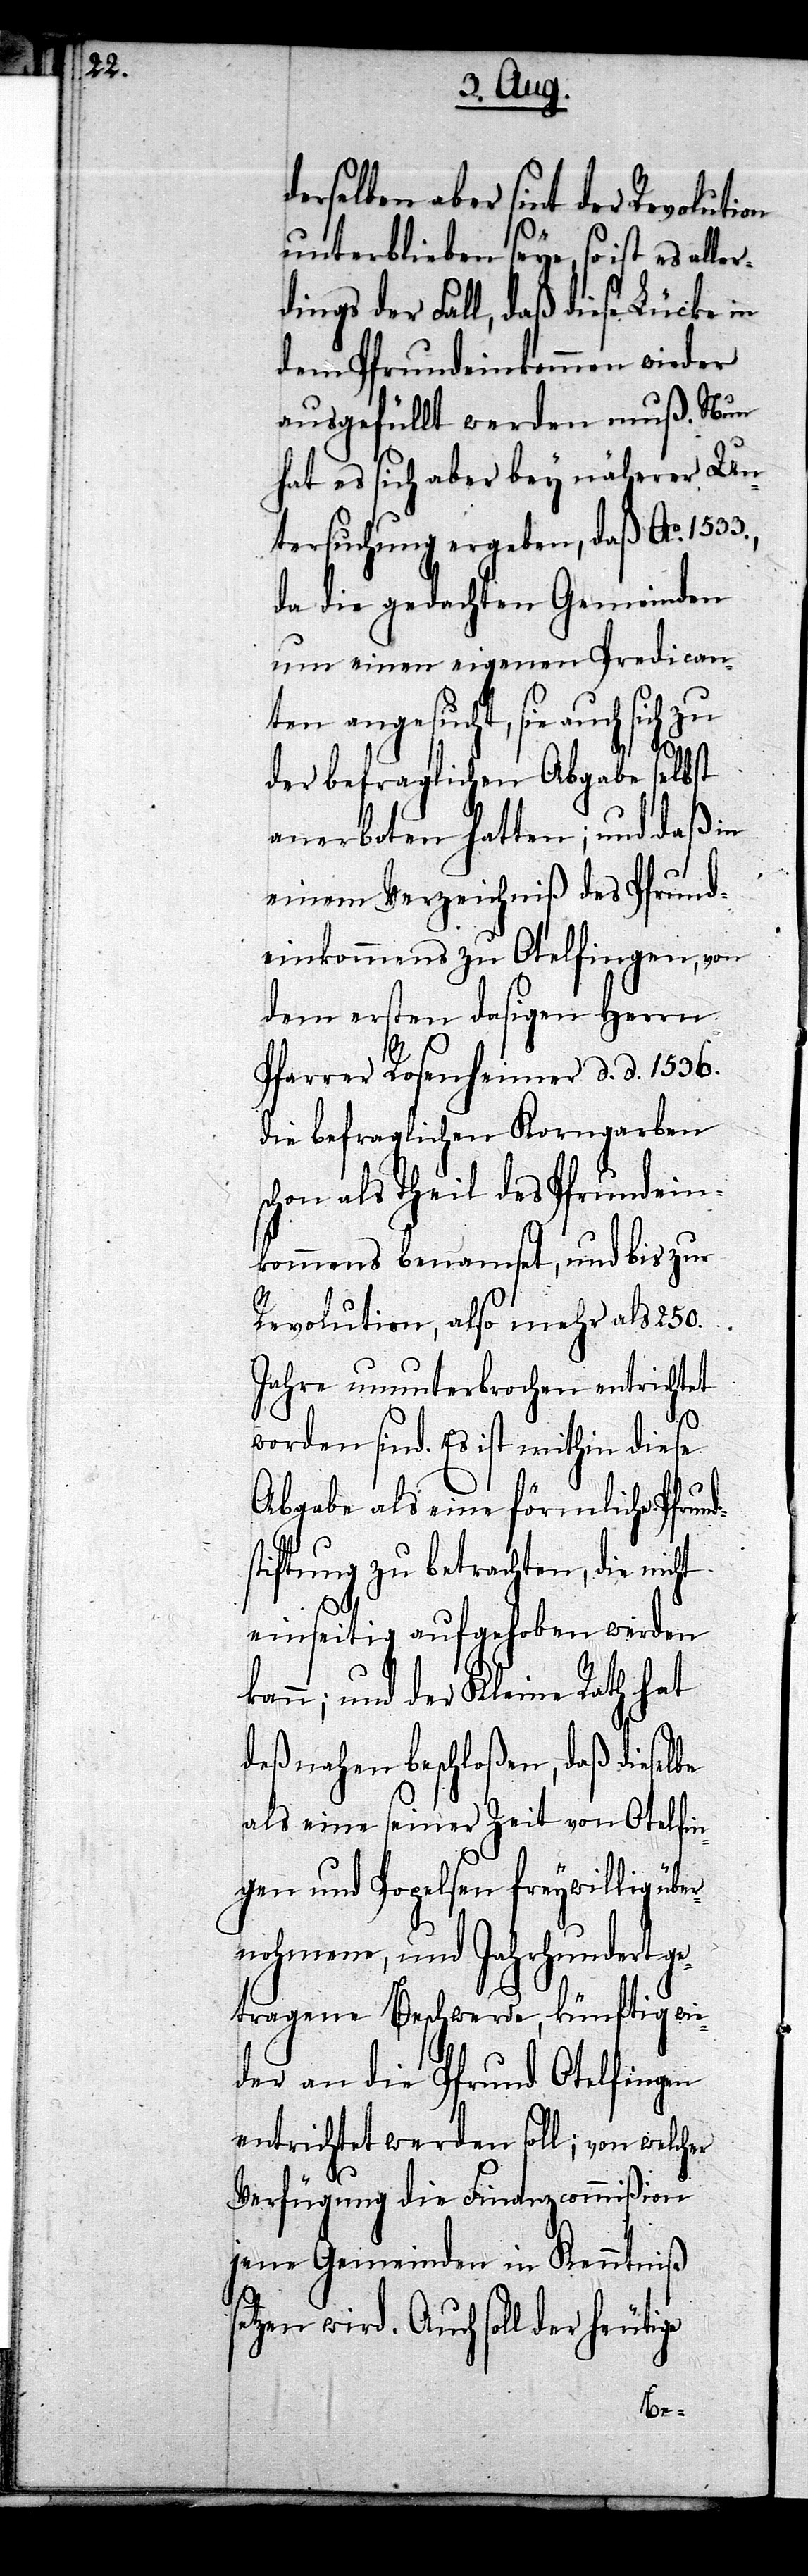
derselben aber sint der Revolution
unterblieben seye, so ist es aller¬
dings der Fall, daß diese Lücke in
dem Pfrundeinkommen wieder
ausgefüllt werden muß. Nun
hat es sich aber bey näherer Un¬
tersuchung ergeben, daß Ao.
da die gedachten Gemeinden
um einen eigenen Predican¬
ten angesucht, sie auch sich zu
ht
der befraglichen Abgabe selbst
anerboten hatten; und daß in
einem Verzeichniß des Pfrund¬
einkommens zu Otelfingen, von
dem ersten dasigen Herrn
Pfarrer Rosenheimer d. d. 1536.
die befraglichen Korngarben
schon als Theil des Pfrundein¬
kommens benamset, und bis zur
Revolution, also mehr als 250.
Jahre ununterbrochen entrichtet
worden sind. Es ist mithin diese
Abgabe als eine förmliche Pfrund¬
stiftung zu betrachten, die nic¬
einseitig aufgehoben werden
kann; und der Kleine Rath hat
deßnahen beschloßen, daß dieselbe
als eine seiner Zeit von Otelfin¬
gen und Popelsen freywillig übe¬
rnohmene, und Jahrhundert ge¬
tragene Beschwerde, künftig wie¬
der an die Pfrund Otelfingen
entrichtet werden soll; von welcher
Verfügung die Finanzcommißion
jene Gemeinden in Kenntniß
setzen wird. Auch soll der heutige